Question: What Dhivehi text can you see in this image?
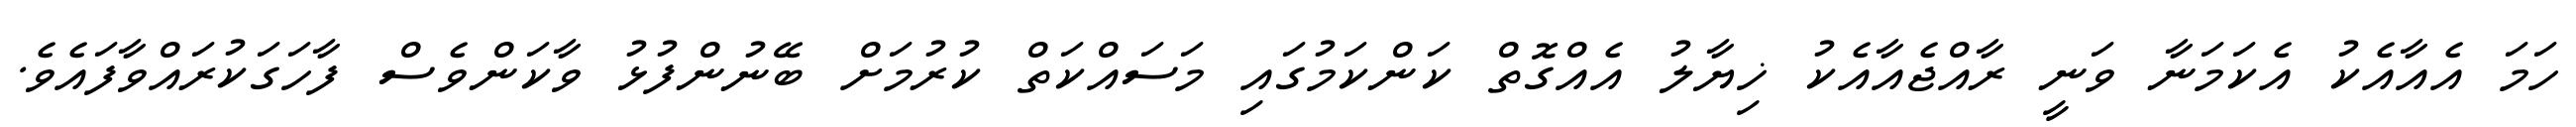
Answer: ހަމަ އެއާއެކު އެކަމަނާ ވަނީ ރާއްޖެއާއެކު ޚިޔާލު އެއްގޮތް ކަންކަމުގައި މަސައްކަތް ކުރުމަށް ބޭނުންފުޅު ވާކަންވެސް ފާހަގަކުރައްވާފައެވެ.